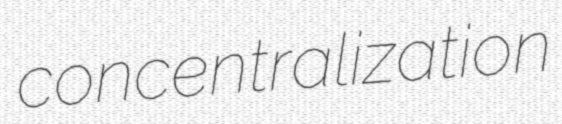
concentralization